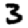
Digit: 3